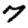
Digit: 7